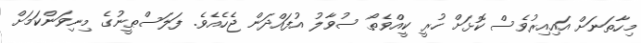
މިހާތަނަށް އައިއިރުވެސް ކޮޅަށް ހުރީ ކީއްވެތޯ ސުވާލު އުފައްދަން ޖެހެއެވެ. ފަލަސްޠީނުގެ މިނިވަންކަމަށް